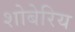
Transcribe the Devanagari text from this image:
शोबेरिय